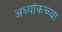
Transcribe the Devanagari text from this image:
अर्ध्याकच्च्या